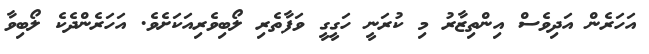
އަހަރެން އަދިވެސް އިންތިޒާރު މި ކުރަނީ ހަގީގީ ވަފާތެރި ލޯބިވެރިއަކަށެވެ. އަހަރެންދެކެ ލޯބިވާ